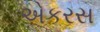
એકરસ